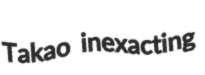
Takao inexacting